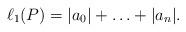
LaTeX: \begin{align*}\ell_1(P)=|a_0|+\ldots+|a_n|.\end{align*}